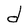
Character: d